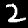
Label: 2